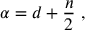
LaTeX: \alpha = d + { \frac { n } { 2 } } \ ,